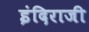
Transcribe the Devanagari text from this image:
इंदिराजी